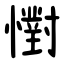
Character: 㦠